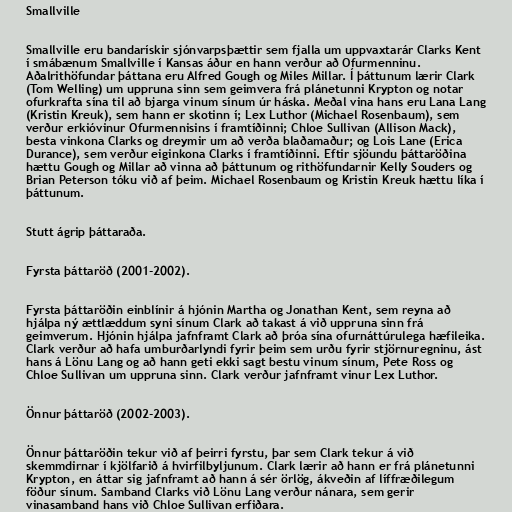
Smallville

Smallville eru bandarískir sjónvarpsþættir sem fjalla um uppvaxtarár Clarks Kent
í smábænum Smallville í Kansas áður en hann verður að Ofurmenninu.
Aðalrithöfundar þáttana eru Alfred Gough og Miles Millar. Í þáttunum lærir Clark
(Tom Welling) um uppruna sinn sem geimvera frá plánetunni Krypton og notar
ofurkrafta sína til að bjarga vinum sínum úr háska. Meðal vina hans eru Lana Lang
(Kristin Kreuk), sem hann er skotinn í; Lex Luthor (Michael Rosenbaum), sem
verður erkióvinur Ofurmennisins í framtíðinni; Chloe Sullivan (Allison Mack),
besta vinkona Clarks og dreymir um að verða blaðamaður; og Lois Lane (Erica
Durance), sem verður eiginkona Clarks í framtíðinni. Eftir sjöundu þáttaröðina
hættu Gough og Millar að vinna að þáttunum og rithöfundarnir Kelly Souders og
Brian Peterson tóku við af þeim. Michael Rosenbaum og Kristin Kreuk hættu líka í
þáttunum.

Stutt ágrip þáttaraða.

Fyrsta þáttaröð (2001-2002).

Fyrsta þáttaröðin einblínir á hjónin Martha og Jonathan Kent, sem reyna að
hjálpa ný ættlæddum syni sínum Clark að takast á við uppruna sinn frá
geimverum. Hjónin hjálpa jafnframt Clark að þróa sína ofurnáttúrulega hæfileika.
Clark verður að hafa umburðarlyndi fyrir þeim sem urðu fyrir stjörnuregninu, ást
hans á Lönu Lang og að hann geti ekki sagt bestu vinum sínum, Pete Ross og
Chloe Sullivan um uppruna sinn. Clark verður jafnframt vinur Lex Luthor.

Önnur þáttaröð (2002-2003).

Önnur þáttaröðin tekur við af þeirri fyrstu, þar sem Clark tekur á við
skemmdirnar í kjölfarið á hvirfilbyljunum. Clark lærir að hann er frá plánetunni
Krypton, en áttar sig jafnframt að hann á sér örlög, ákveðin af líffræðilegum
föður sínum. Samband Clarks við Lönu Lang verður nánara, sem gerir
vinasamband hans við Chloe Sullivan erfiðara.